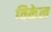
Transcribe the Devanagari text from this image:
विकेल